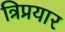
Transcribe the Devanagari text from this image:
त्रिप्रयार